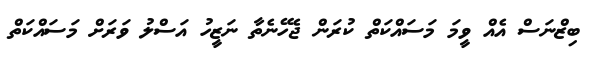
ބިޒްނަސް އެއް ވީމަ މަސައްކަތް ކުރަން ޖެހޭނެތާ ނަޒީހު އަސްލު ވަރަށް މަސައްކަތް